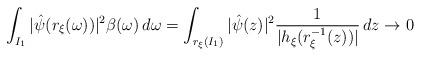
LaTeX: \begin{align*}\int_{I_1} | \hat{\psi}(r_{\xi}(\omega)) |^2 \beta(\omega) \, d\omega = \int_{r_{\xi}(I_1)} | \hat{\psi}(z) |^2 \frac{1}{| h_{\xi}(r_{\xi}^{-1}(z)) |} \,dz \to 0\end{align*}